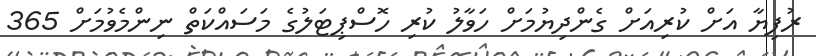
ރުފިޔާ އަށް ކުރިއަށް ގެންދިޔުމަށް ހަވާލު ކުރި ހޮސްޕިޓަލުގެ މަސައްކަތް ނިންމެވުމަށް 365